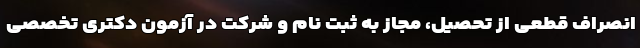
انصراف قطعی از تحصیل، مجاز به ثبت نام و شرکت در آزمون دکتری تخصصی